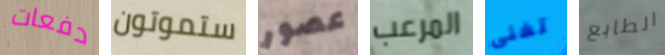
دفعات ستموتون عصور المرعب تغنى الطابع